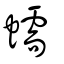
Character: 蠕